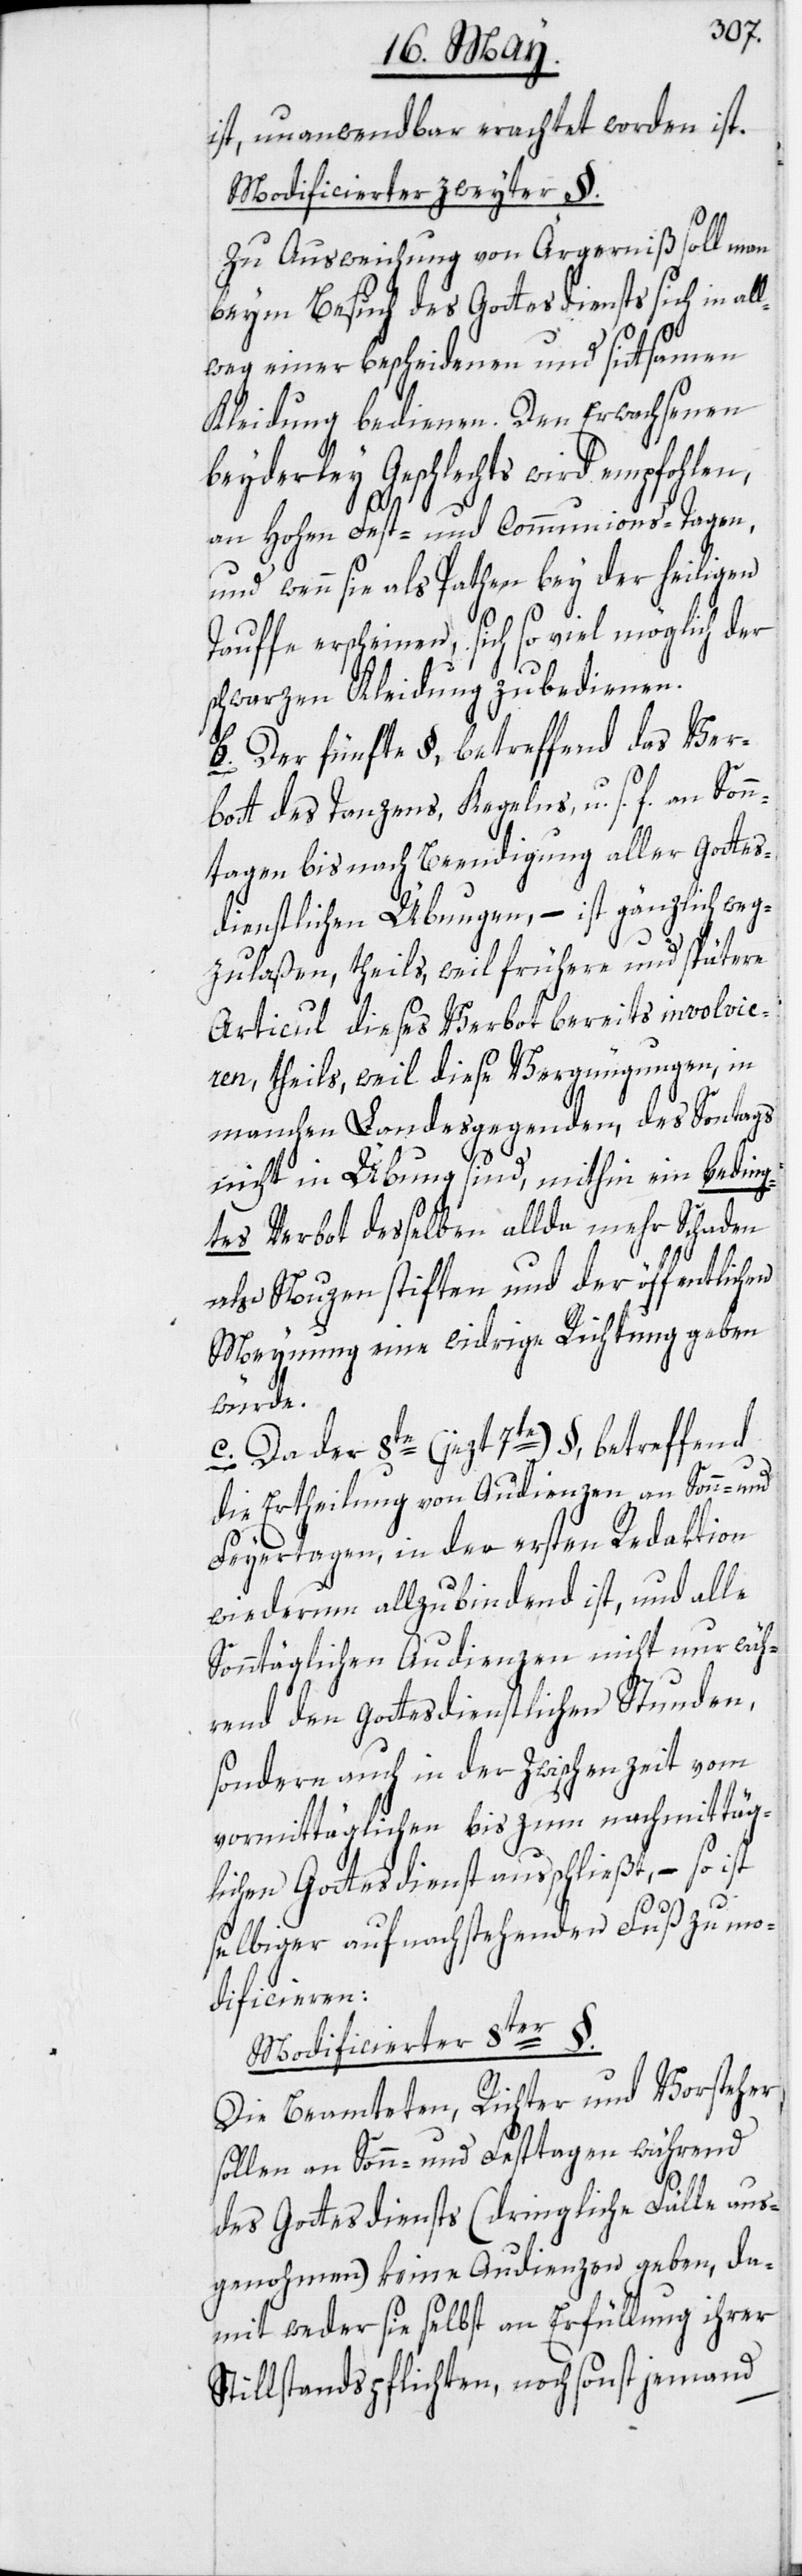
ist, unanwendbar erachtet worden ist.
Modificierter zweyter §.
Zu Ausweichung von Ärgerniß soll man
beym Besuch des Gottesdiensts sich in al¬
lweg einer bescheidenen und sittsamen
Kleidung bedienen. Den Erwachsenen
beyderley Geschlechts wird empfohlen,
an Hohen Fest- und Communions-Tagen,
und wenn sie als Pathen bey der heiligen
Tauffe erscheinen, sich so viel möglich der
schwarzen Kleidung zu bedienen.
b. Der fünfte §, betreffend das Ver¬
bott des Tanzens, Kegelns, u. s. f. an Sonn¬
tagen bis nach Beendigung aller gottes¬
dienstlichen Übungen, – ist gänzlich weg¬
zulaßen, theils, weil frühere und spätere
Articul dieses Verbot bereits involvie¬
ren, theils, weil diese Vergnügungen, in
manchen Landesgegenden, des Sontags
nicht in Übung sind, mithin ein beding¬
tes Verbot desselben allda mehr Schaden
als Nuzen stiften und der öffentlichen
Meynung eine widrige Richtung geben
würde.
c. Da der 8te [jezt 7te] §, betreffend
die Ertheilung von Audienzen an Sonn- und
Feyertagen, in der ersten Redaktion
wiederum allzu bindend ist, und alle
Sonntäglichen Audienzen nicht nur wäh¬
rend den gottesdienstlichen Stunden,
sondern auch in der Zwischenzeit vom
vormittäglichen bis zum nachmittäg¬
lichen Gottesdienst ausschließt, – so ist
selbiger auf nachstehenden Fuß zu mo¬
dificieren:
Modificierter 8ter §.
Die Beamteten, Richter und Vorsteher
sollen an Sonn- und Festtagen während
des Gottesdiensts (dringliche Fälle aus¬
genohmen) keine Audienzen geben, da¬
mit weder sie selbst an Erfüllung ihrer
Stillstandspflichten, noch sonst jemand